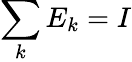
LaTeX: \sum_{k}E_{k}=I